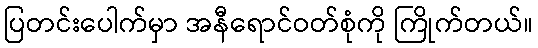
ပြတင်းပေါက်မှာ အနီရောင်ဝတ်စုံကို ကြိုက်တယ်။